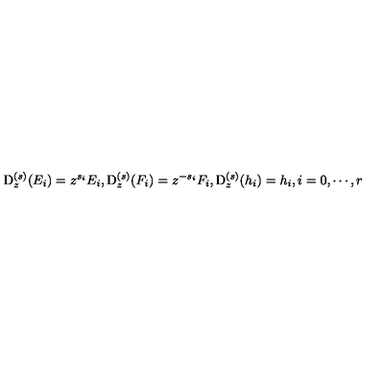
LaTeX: \mathrm { D } _ { z } ^ { ( s ) } ( E _ { i } ) = z ^ { s _ { i } } E _ { i } , \mathrm { D } _ { z } ^ { ( s ) } ( F _ { i } ) = z ^ { - s _ { i } } F _ { i } , \mathrm { D } _ { z } ^ { ( s ) } ( h _ { i } ) = h _ { i } , i = 0 , \cdots , r